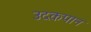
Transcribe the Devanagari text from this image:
उदकपान